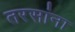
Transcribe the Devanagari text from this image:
तरसांना